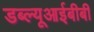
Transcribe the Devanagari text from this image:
डब्ल्यूआईबीबी